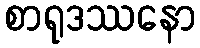
စာရုဒဿနော